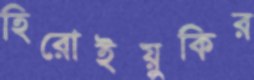
হিরোইয়ুকির